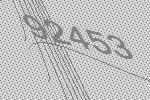
92453